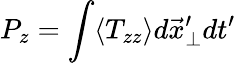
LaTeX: P_{z}=\int\langle T_{zz}\rangle d\vec{x}_{\perp}^{\prime}dt^{\prime}